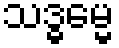
သဒ္ဓမ္မေ